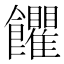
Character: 𩟹